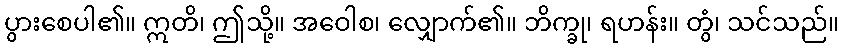
ပွားစေပါ၏။ ဣတိ၊ ဤသို့။ အဝေါစ၊ လျှောက်၏။ ဘိက္ခု၊ ရဟန်း။ တွံ၊ သင်သည်။